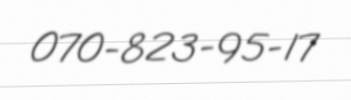
070-823-95-17